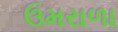
ઉમરાળા